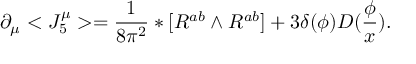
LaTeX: \partial _ { \mu } < J _ { 5 } ^ { \mu } > = \frac 1 { 8 \pi ^ { 2 } } * [ R ^ { a b } \wedge R ^ { a b } ] + 3 \delta ( \phi ) D ( \frac \phi x ) .